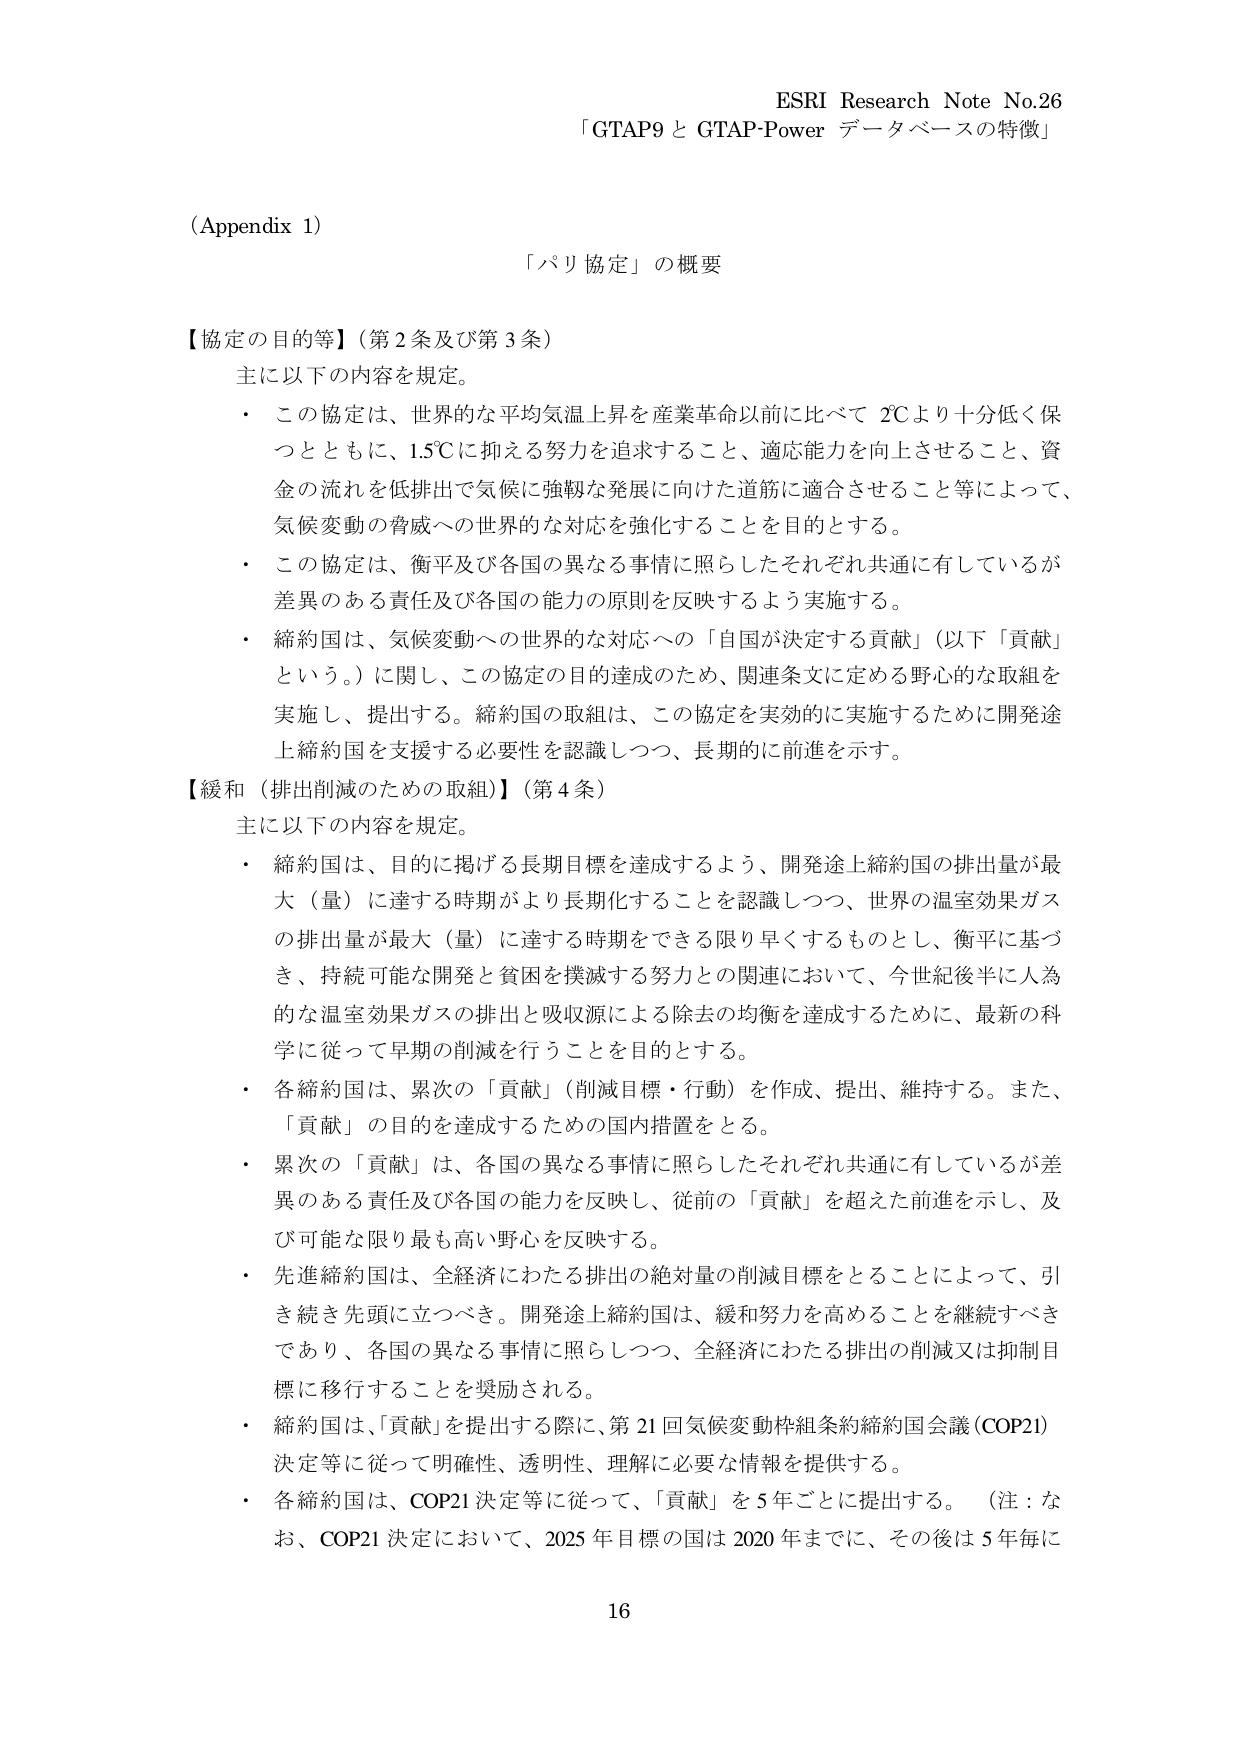
ESRI Research Note No.26
「GTAP9 と GTAP-Power データベースの特徴」

(Appendix 1)
「パリ協定」の概要

【協定の目的等】（第2条及び第3条）
主に以下の内容を規定。
・ この協定は、世界的な平均気温上昇を産業革命以前に比べて 2℃より十分低く保つとともに、1.5℃に抑える努力を追求すること、適応能力を向上させること、資金の流れを低排出で気候に強靭な発展に向けた道筋に適合させること等によって、気候変動の脅威への世界的な対応を強化することを目的とする。
・ この協定は、衡平及び各国の異なる事情に照らしたそれぞれ共通に有しているが差異のある責任及び各国の能力の原則を反映するよう実施する。
・ 締約国は、気候変動への世界的な対応への「自国が決定する貢献」（以下「貢献」という。）に関し、この協定の目的達成のため、関連条文に定める野心的な取組を実施し、提出する。締約国の取組は、この協定を実効的に実施するために開発途上締約国を支援する必要性を認識しつつ、長期的に前進を示す。

【緩和（排出削減のための取組）】（第4条）
主に以下の内容を規定。
・ 締約国は、目的に掲げる長期目標を達成するよう、開発途上締約国の排出量が最大（量）に達する時期がより長期化することを認識しつつ、世界の温室効果ガスの排出量が最大（量）に達する時期をできる限り早くするものとし、衡平に基づき、持続可能な開発と貧困を撲滅する努力との関連において、今世紀後半に人為的な温室効果ガスの排出と吸収源による除去の均衡を達成するために、最新の科学に従って早期の削減を行うことを目的とする。
・ 各締約国は、累次の「貢献」（削減目標・行動）を作成、提出、維持する。また、「貢献」の目的を達成するための国内措置をとる。
・ 累次の「貢献」は、各国の異なる事情に照らしたそれぞれ共通に有しているが差異のある責任及び各国の能力を反映し、従前の「貢献」を超えた前進を示し、及び可能な限り最も高い野心を反映する。
・ 先進締約国は、全経済にわたる排出の絶対量の削減目標をとることによって、引き続き先頭に立つべき。開発途上締約国は、緩和努力を高めることを継続すべきであり、各国の異なる事情に照らしつつ、全経済にわたる排出の削減又は抑制目標に移行することを奨励される。
・ 締約国は、「貢献」を提出する際に、第21回気候変動枠組条約締約国会議（COP21）決定等に従って明確性、透明性、理解に必要な情報を提供する。
・ 各締約国は、COP21決定等に従って、「貢献」を5年ごとに提出する。（注：なお、COP21決定において、2025年目標の国は2020年までに、その後は5年毎に

16